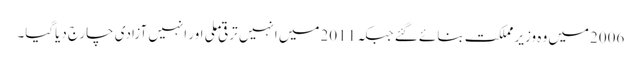
2006میں وہ وزیر مملکت بنائے گئے جبکہ 2011میں انہیں ترقی ملی اور انہیں آزادی چارج دیاگیا۔